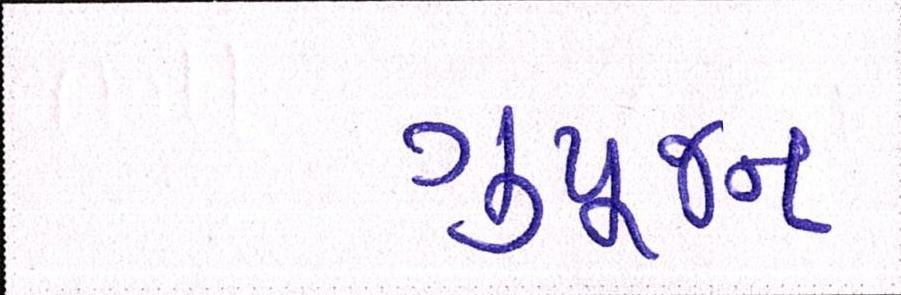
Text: ગુપૂજન